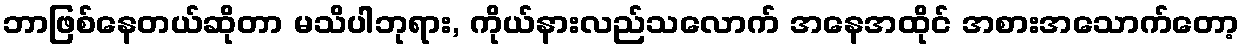
ဘာဖြစ်နေတယ်ဆိုတာ မသိပါဘုရား, ကိုယ်နားလည်သလောက် အနေအထိုင် အစားအသောက်တော့